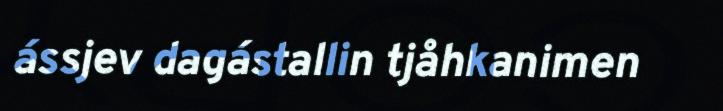
ássjev dagástallin tjåhkanimen